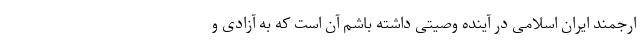
ارجمند ایران اسلامی در آینده وصیتی داشته باشم آن است که به آزادی و